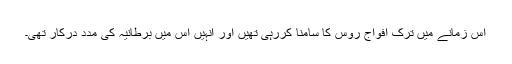
اُس زمانے میں ترک افواج روس کا سامنا کررہی تھیں اور انہیں اس میں برطانیہ کی مدد درکار تھی۔